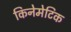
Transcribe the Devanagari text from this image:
किनेमेटिक